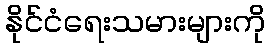
နိုင်ငံရေးသမားများကို